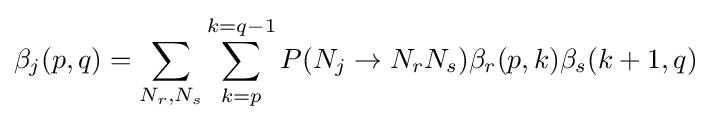
\beta _{j}(p,q)=\sum _{N_{r},N_{s}}\sum _{k=p}^{k=q-1}P(N_{j}\rightarrow N_{r}N_{s})\beta _{r}(p,k)\beta _{s}(k+1,q)